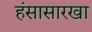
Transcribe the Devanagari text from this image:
हंसासारखा